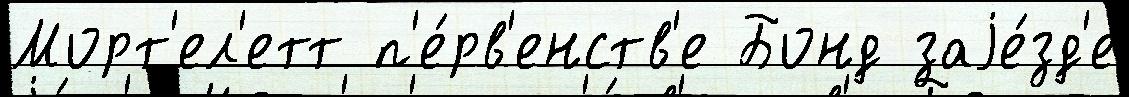
Морт'ел'етт п'е́рв'енств'е Бонд заjе́зд'е